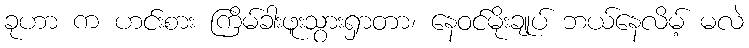
ခုဟာ က ဟင်းစား ကြိမ်ခါးဖူးသွားရှာတာ၊ နေဝင်မိုးချုပ် ဘယ်နေလိမ့် မလဲ